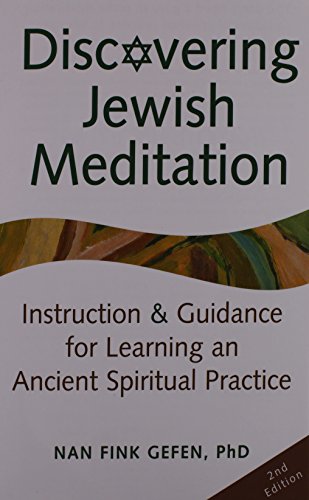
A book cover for Discovering Jewish Meditation: Instruction & Guidance for Learning an Ancient Spiritual Practice; Nan Fink Gefen; Religion & Spirituality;